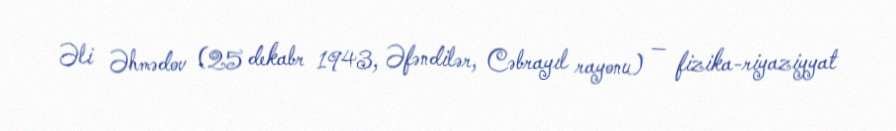
Əli Əhmədov (25 dekabr 1943, Əfəndilər, Cəbrayıl rayonu) — fizika-riyaziyyat